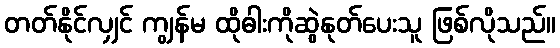
တတ်နိုင်လျှင် ကျွန်မ ထိုဓါးကိုဆွဲနုတ်ပေးသူ ဖြစ်လိုသည်။